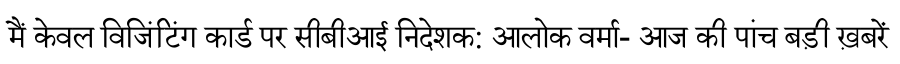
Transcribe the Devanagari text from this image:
मैं केवल विजिंटिंग कार्ड पर सीबीआई निदेशक: आलोक वर्मा- आज की पांच बड़ी ख़बरें